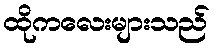
ထိုကလေးများသည်